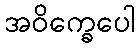
အဝိက္ခေပေါ